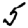
Digit: 5